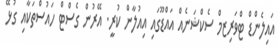
އައިލެންޑް ޓްވަރިޒމް ސެކްޝަނެއް އައްޑޫގައި އިއުލާން ކުރީ. އޭރުން ގެސްޓް ހައުސްތަކާއި ގުޅޭ